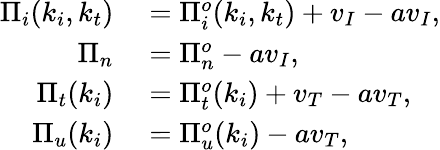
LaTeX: \begin{array}{rl}{\Pi_{i}(k_{i},k_{t})}&{{}=\Pi_{i}^{o}(k_{i},k_{t})+v_{I}-av_{I},}\\ {\Pi_{n}}&{{}=\Pi_{n}^{o}-av_{I},}\\ {\Pi_{t}(k_{i})}&{{}=\Pi_{t}^{o}(k_{i})+v_{T}-av_{T},}\\ {\Pi_{u}(k_{i})}&{{}=\Pi_{u}^{o}(k_{i})-av_{T},}\end{array}